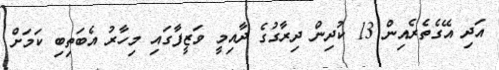
އަދި އޭގެތެރެއިން 13 ކުދިން ދިރާގުގެ ދާއިމީ ވަޒީފާގައި މިހާރު އެބަތިބި ކަަމަށް